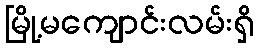
မြို့မကျောင်းလမ်းရှိ